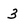
Character: 3